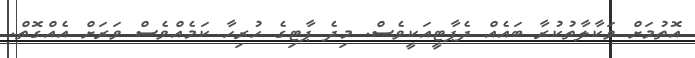
އޮތުމަށް ވަކާލާތުކުރާ ބައެއް ދެޕާޓީއަކީވެސް. މިދެ ޕާޓިގެ ހުރިހާ ކަމެއްވެސް ވަރަށް އެއްގޮތް.